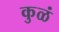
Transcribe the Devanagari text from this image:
कुळं